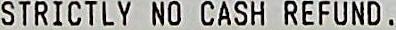
STRICTLY NO CASH REFUND .